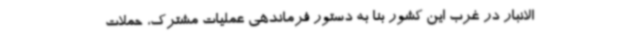
الانبار در غرب این کشور بنا به دستور فرماندهی عملیات مشترک، حملات